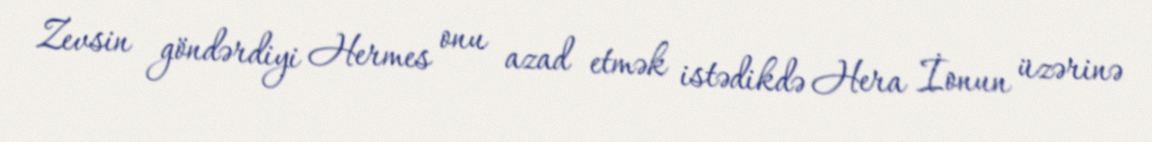
Zevsin göndərdiyi Hermes onu azad etmək istədikdə Hera İonun üzərinə